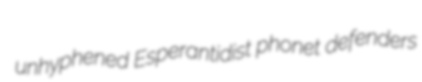
unhyphened Esperantidist phonet defenders